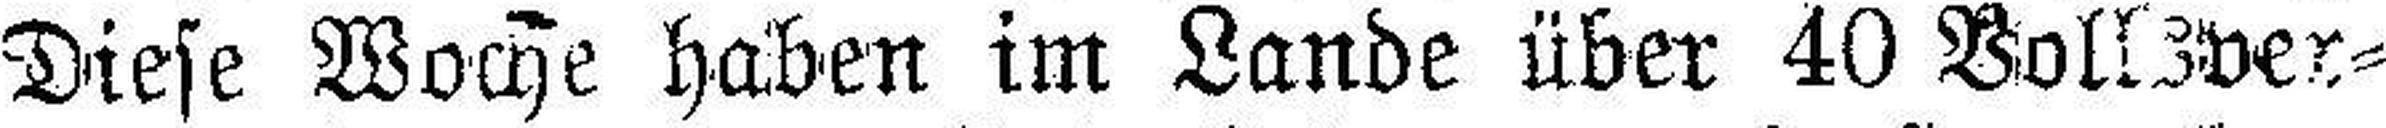
Diese Woche haben im Lande über 40 Vollzver¬